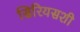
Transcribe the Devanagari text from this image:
सिरियसशी